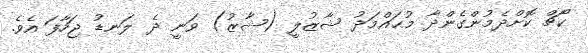
ކޯޗް ކޮށްދެމުންގެންދާ މުޙައްމަދު ޝާޒުލީ (ޝާޒު) ވަނީ ދެ ލަނޑު ޖަހާފަ އެވެ.